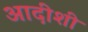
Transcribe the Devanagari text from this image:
आदीशी